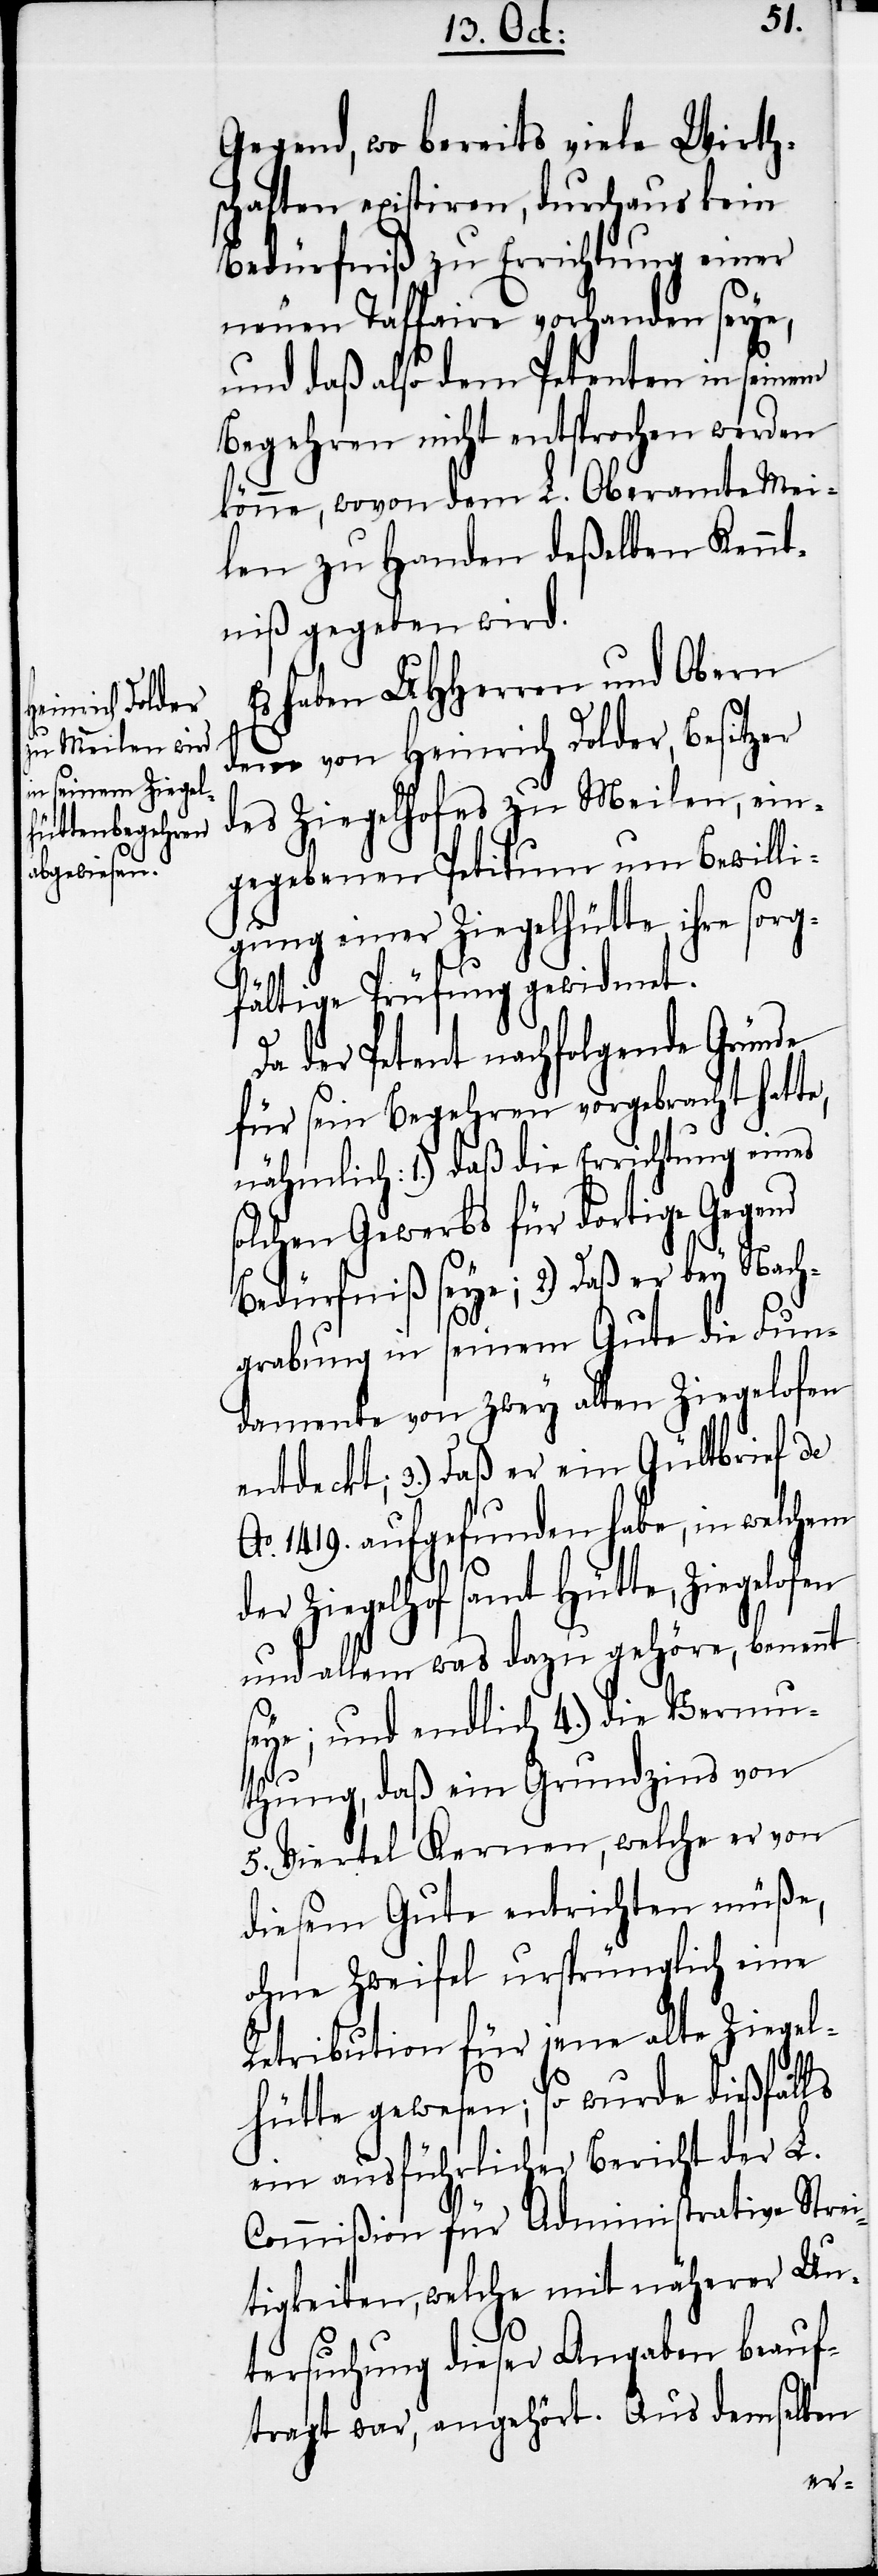
Gegend, wo bereits viele Wirth¬
schaften existiren, durchaus kein
Bedürfniß zu Errichtung einer
neuen Taffaire vorhanden seye,
und daß also dem Petenten in seinem
Begehren nicht entsprochen werden
könne, wovon dem L. Oberamte Mei¬
len zu Handen deßelben Kennt¬
niß gegeben wird.
haben UHHerren und Obern
dem von Heinrich Dolder, Besitzer
des Ziegelhofes zu Meilen, ein¬
gegebenen Petitum um Bewilli¬
gung einer Ziegelhütte, ihre sorg¬
fältige Prüfung gewidmet.
Da der Petent nachfolgende Gründe
für sein Begehren vorgebracht hatte,
nähmlich: 1.) daß die Errichtung eines
solchen Gewerbs für dortige Gegend
Bedürfniß seye; 2.) Daß er bey Nach¬
grabung in seinem Gute die Fun¬
damente von zwey alten Ziegelofen
entdeckt; 3.) Daß er ein Gültbrief de
Ao. 1719. aufgefunden habe, in welchem
der Ziegelhof samt Hütte, Ziegelof¬
und allem was dazu gehöre, benennt
seye; und endlich 4.) die Vermu¬
thung, daß ein Grundzins von
5. Viertel Kernen, welche er von
diesem Gute entrichten müße,
ohne Zweifel ursprünglich eine
Retribution für jene alte Ziegel¬
hütte gewesen; so wurde dießfalls
ein ausführlicher Bericht der L.
Commißion für Administrative Strei¬
tigkeiten, welche mit näherer Un¬
tersuchung dieser Angaben beauf¬
tragt war, angehört. Aus demselben
en